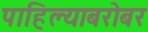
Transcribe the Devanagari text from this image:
पाहिल्याबरोबर